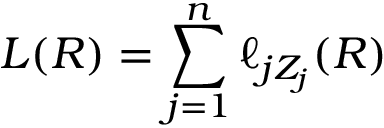
L ( R ) = \sum _ { j = 1 } ^ { n } \ell _ { j Z _ { j } } ( R )